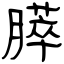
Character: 膵